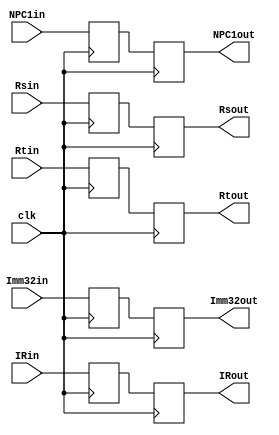
`timescale 1ns/1ps
module IDEX (
    input clk,
    input [31:0] NPC1in,
    output reg [31:0] NPC1out,
    input [31:0] Rsin,
    input [31:0] Rtin,
    input [31:0] Imm32in,
    input [31:0] IRin,
    output reg [31:0] Rsout,
    output reg [31:0] Rtout,
    output reg [31:0] Imm32out,
    output reg [31:0] IRout
);
    reg [31:0] NPC1;
    reg [31:0] Rs;
    reg [31:0] Rt;
    reg [31:0] Imm32;
    reg [31:0] IR;
    always @(posedge clk ) begin
        NPC1 <= NPC1in;
        NPC1out <= NPC1;
        Rs <= Rsin;
        Rsout <= Rs;
        Rt <= Rtin;
        Rtout <= Rt;
        Imm32 <= Imm32in;
        Imm32out <= Imm32;
        IR <= IRin;
        IRout <= IR;
    end
endmodule